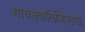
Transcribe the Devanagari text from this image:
गायनकॉलजिस्टला